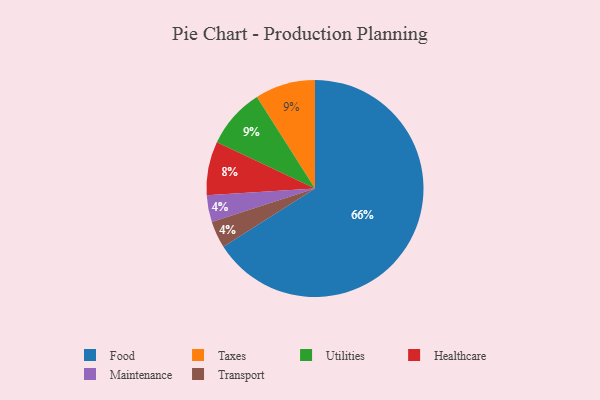
{"axis": {"x": "Category", "y": "Percentage"}, "legend": ["Food", "Healthcare", "Maintenance", "Taxes", "Transport", "Utilities"], "data": [{"x": "Healthcare", "y": 8, "type": "Healthcare"}, {"x": "Taxes", "y": 9, "type": "Taxes"}, {"x": "Maintenance", "y": 4, "type": "Maintenance"}, {"x": "Food", "y": 66, "type": "Food"}, {"x": "Transport", "y": 4, "type": "Transport"}, {"x": "Utilities", "y": 9, "type": "Utilities"}]}